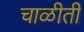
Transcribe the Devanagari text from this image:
चाळीती